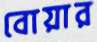
বোয়ার